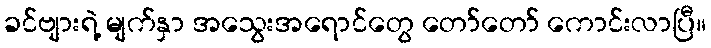
ခင်ဗျားရဲ့ မျက်နှာ အသွေးအရောင်တွေ တော်တော် ကောင်းလာပြီ။